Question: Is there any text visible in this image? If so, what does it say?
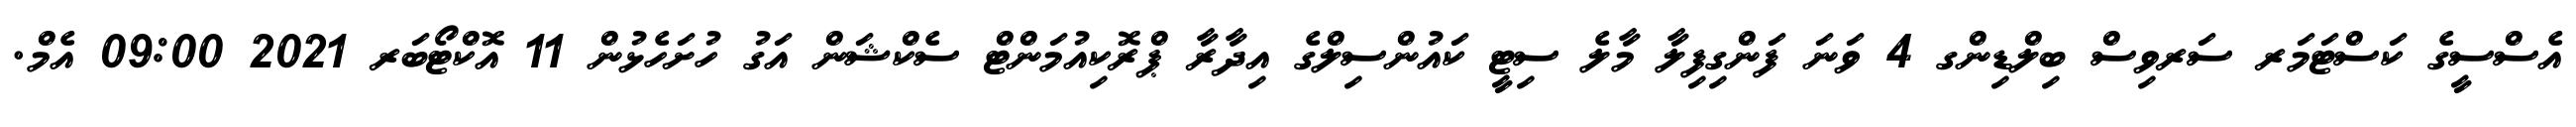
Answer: އެސްސީގެ ކަސްޓަމަރ ސަރވިސް ބިލްޑިންގ 4 ވަނަ ފަންގިފިލާ މާލެ ސިޓީ ކައުންސިލްގެ އިދާރާ ޕްރޮކިއުމަންޓް ސެކްޝަން އަގު ހުށަހެޅުން 11 އޮކްޓޯބަރ 2021 09:00 އެމް.